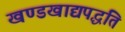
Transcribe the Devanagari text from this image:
खण्डखाद्यपद्धति